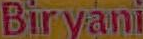
Biryani